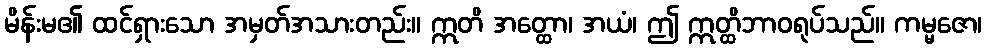
မိန်းမ၏ ထင်ရှားသော အမှတ်အသားတည်း။ ဣတိ အတ္ထော၊ အယံ၊ ဤ ဣတ္ထိဘာဝရုပ်သည်။ ကမ္မဇော၊